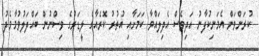
ކުރަންވަން އެމަނިކުފާނު އަދިވެސް އެދިލައްވާ ކަމަށާއި އުތުުރު ކޮރެއާގެ ލީޑަރުގެ ވިސްނުން ބައްދަލުވުމާމެދު